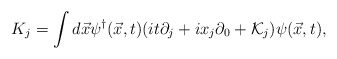
\begin{align*}K_{j} = \int d\vec{x} \psi^{\dag}(\vec{x},t) (i t \partial_{j} + i x_{j} \partial_{0} + {\cal K}_{j} ) \psi(\vec{x},t),\end{align*}